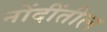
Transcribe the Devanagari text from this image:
नोंदींतील